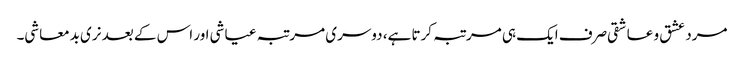
مرد عشق و عاشقی صرف ایک ہی مرتبہ کرتا ہے، دوسری مرتبہ عیاشی اور اس کے بعد نری بدمعاشی۔